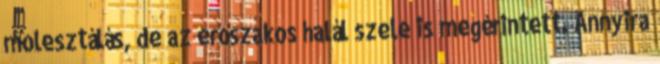
molesztálás, de az erőszakos halál szele is megérintett. Annyira